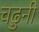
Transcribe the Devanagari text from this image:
चढुनी